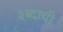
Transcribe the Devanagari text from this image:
श्ब्दाची